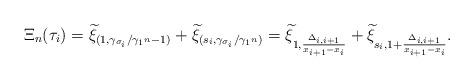
LaTeX: \begin{align*}\Xi_n(\tau_i) = \widetilde{\xi}_{(1,\gamma_{\sigma_i}/\gamma_{1^n}-1)} + \widetilde{\xi}_{(s_i,\gamma_{\sigma_i}/\gamma_{1^n})} = \widetilde{\xi}_{1,\frac{\Delta_{i,i+1}}{x_{i+1}-x_i}}+\widetilde{\xi}_{s_i,1+\frac{\Delta_{i,i+1}}{x_{i+1}-x_i}}.\end{align*}